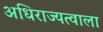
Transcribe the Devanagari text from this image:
अधिराज्यत्वाला